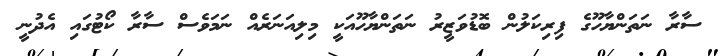
ސާރާ ނަތަންޔާހޫގެ ފިރިކަލުން ބޮޑުވަޒީރު ނަތަންޔާހޫއަކީ މިލިއަނަރެއް ނަމަވެސް ސާރާ ކޯޓުގައި އެދުނީ